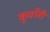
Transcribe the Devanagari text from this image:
कुवाँरी